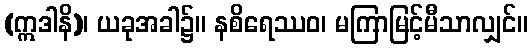
(ဣဒါနိ)၊ ယခုအခါ၌။ နစိရေဿဝ၊ မကြာမြင့်မီသာလျှင်။